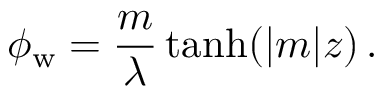
\phi _ { \mathrm { w } } = \frac { m } { \lambda } \operatorname { t a n h } ( | m | z ) \, .